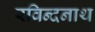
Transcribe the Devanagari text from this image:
रविन्दनाथ